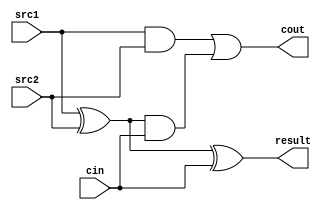
`timescale 1ns / 1ps
//////////////////////////////////////////////////////////////////////////////////
// Company: 
// Engineer: 
// 
// Design Name: 
// Module Name:    half_adder 
// Project Name: 
// Target Devices: 
// Tool versions: 
// Description: 
//
// Dependencies: 
//
// Revision: 
// Revision 0.01 - File Created
// Additional Comments: 
//
//////////////////////////////////////////////////////////////////////////////////
module full_adder(
    input src1,
    input src2,
    input cin,
    output result,
    output cout
    );

wire tmp, tmp1, tmp2;

xor res1(tmp, src1, src2);
xor res2(result, tmp, cin);
and carry1(tmp1, src1, src2);
and carry2(tmp2, tmp, cin);
or carry3(cout, tmp1, tmp2);

endmodule